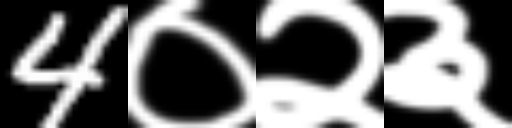
Text: 4०२३